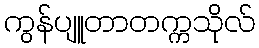
ကွန်ပျူတာတက္ကသိုလ်